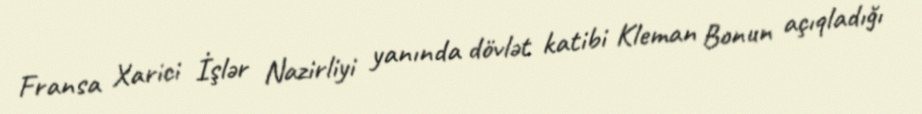
Fransa Xarici İşlər Nazirliyi yanında dövlət katibi Kleman Bonun açıqladığı